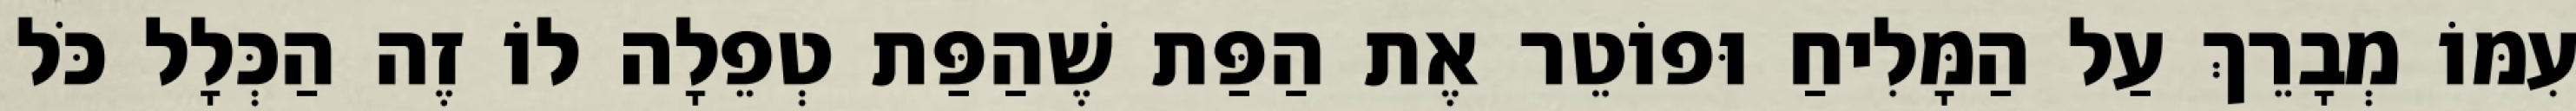
עִמּוֹ מְבָרֵךְ עַל הַמָּלִיחַ וּפוֹטֵר אֶת הַפַּת שֶׁהַפַּת טְפֵלָה לוֹ זֶה הַכְּלָל כֹּל